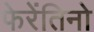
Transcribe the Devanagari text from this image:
फेरेंतिनो